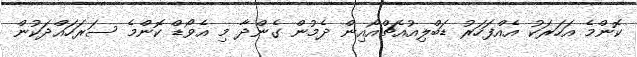
ކޮންމެ އަހަރަކު އެއްފަހަރު ޑަބްލިއުއެޗްއޯއިން ދެމުން ގެންދާ މި އެވޯޑް ކޮންމެ ސަރަހައްދަކުން